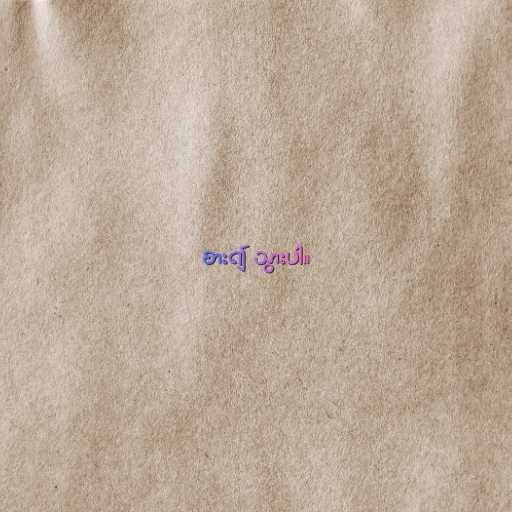
စား၍ သွားပါ။